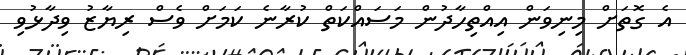
އެ ގޮތަށް މިނިވަން އިއްތިހާދުން މަސައްކަތް ކުރާނެ ކަމަށް ވެސް ރިޔާޒު ވިދާޅުވި